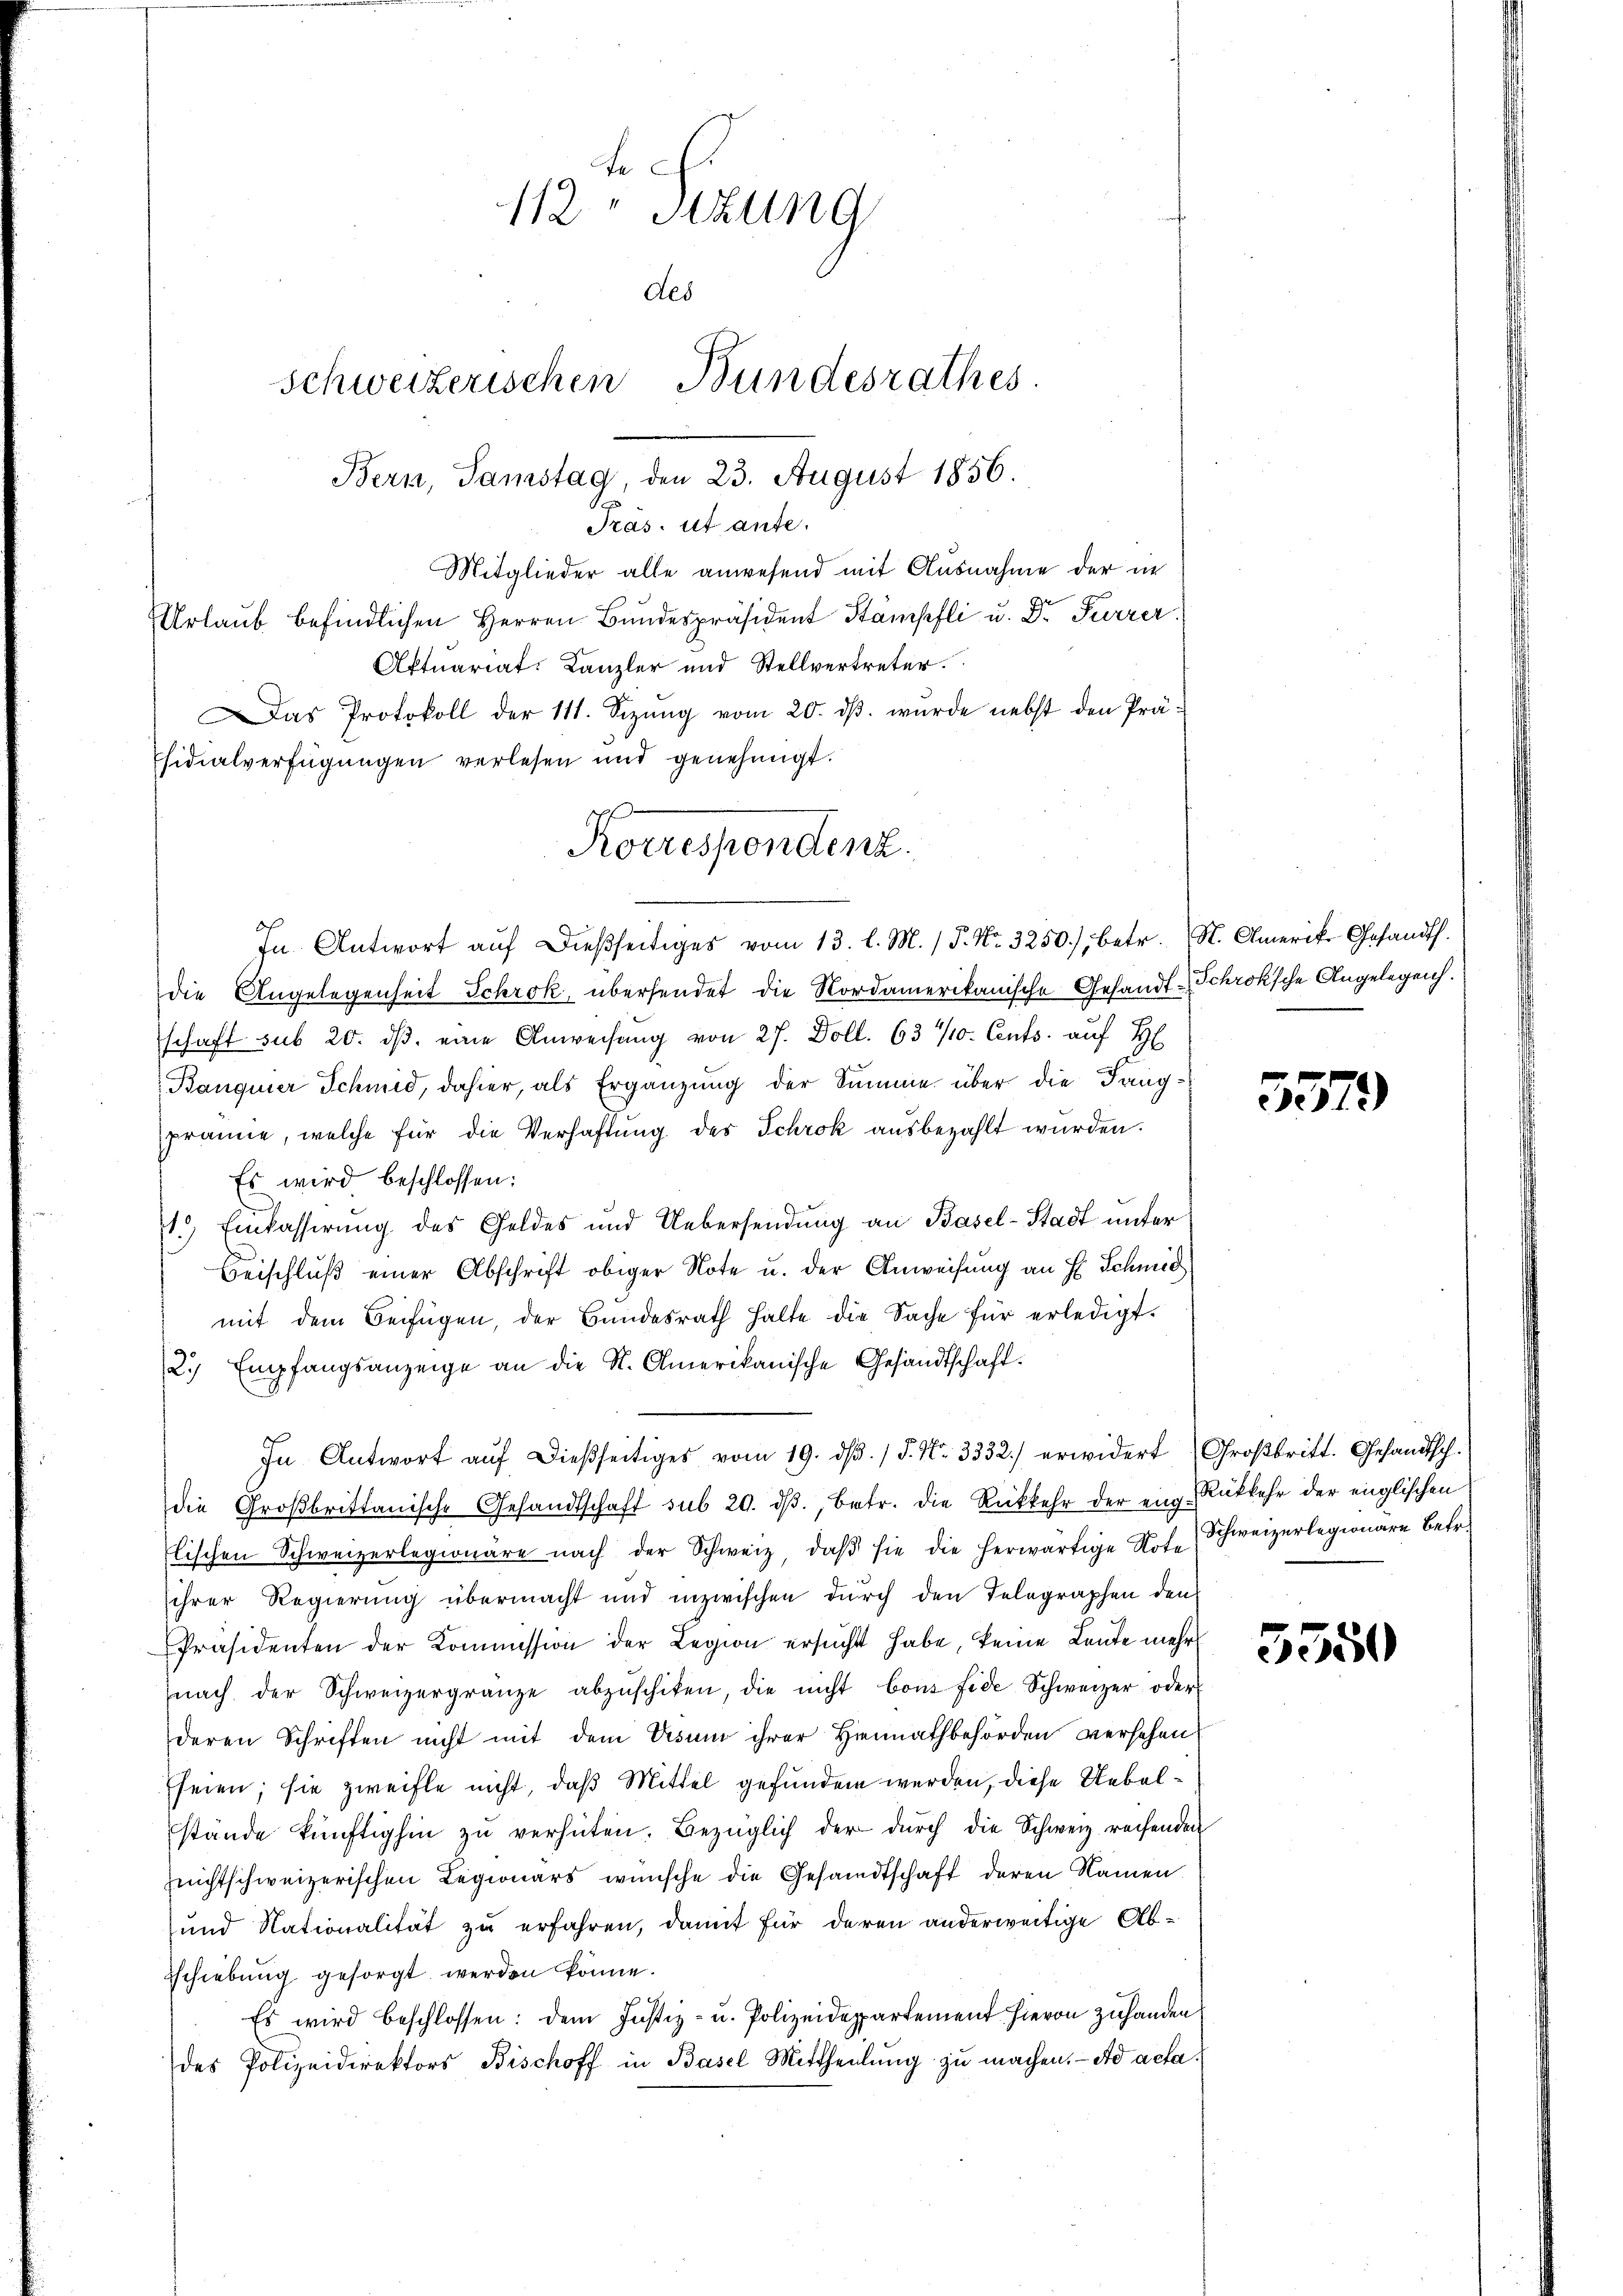
t
112. Sitzung
des
schweizerischen Bundesrathes.
Bern, Samstag, den 23. August 1856.
2.
Pras. ist ante.
Mitglieder alle anwesend mit Ausnahme der in

Urlaub befindlichen Herren Bundespräsident Stämpfli u. Dr. Furrer
Aktuariat. Kanzler und Stellvertreter.
Das Protokoll der 111. Sizŭng vom 20. dβ. wurde nebst den Prä-
sidialverfügungen verlesen und genehmigt.
In Antwort aŭf dießseitiges vom 13. l. M. / P. Nr. 3250), betr. St. Amerik. Gesandth.
die Angelegenheit Schrök, übersendet die Nordamerikanische Gesandt-Schrök’sche Angelegen.
schaft sub 20. dβ eine Anweisung von 27. Doll. 634/10. Cents. auf H
Banquier Schmid, dahier, als Ergänzung der Summe über die Tangprämie, welche für die Verhaftung des Schrök ausbezahlt wurden.
Es wird beschlossen:
1.) Einkassirung des Geldes und Uebersendung an Basel-Stadt unter
Beischluß einer Abschrift obiger Note u. der Anweisung an E. Schmid
mit dem Beifügen, der Bŭndesrath halte die Sache für erledigt.
2.) Empfangsanzeige an die St. Amerikanische Gesandtschaft.
In Antwort aŭf dießseitiges vom 19. dβ. / P. Nr. 3332.) erwidert Großbritt. Gesandtsch.
die Großbrittanische Gesandtschaft sub 20. dβ, betr. die Rückkehr der eng Rükkehr der englischen
Elischen Schweizerlegionäre nach der Schweiz, daβ sie die herwärtige Note Schweizerlegionäre betr.
sihrer Regierung übermacht und inzwischen durch den Telegraphen den
Präsidenten der Kommission der Legion ersŭcht habe, keine Leute mehr
nach der Schweizergränze abzŭschiken, die nicht Cons fide Schweizer oder
deren Schriften nicht mit dem Visum ihrer Heimathbehörden versehen
Eseien; sie zweifle nicht, daß Mittel gefunden werden, diese Uebelstande künftighin zŭ verhüten. Bezüglich der durch die Schweiz rechenden
nichtschweizerischen Legionärs wünsche die Gesandtschaft deren Namen
und Nationalität zu erfahren, damit für deren anderweitige Ab¬
Tschiebung gesorgt werden könne.
Es wird beschlossen: dem Justiz- u. Polizeideppartement hievon zuhanden
des Polizeidirektors Bischoff in Basel Mittheilŭng zu machen. ad acta¬

Korrespondenz.

5379)

3550